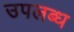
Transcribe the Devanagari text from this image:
उपलब्‍ध्‍ा